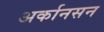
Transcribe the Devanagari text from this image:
अर्कानसन